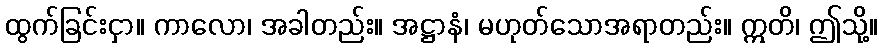
ထွက်ခြင်းငှာ။ ကာလော၊ အခါတည်း။ အဋ္ဌာနံ၊ မဟုတ်သောအရာတည်း။ ဣတိ၊ ဤသို့။